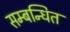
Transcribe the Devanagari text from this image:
सम्‍बन्‍धित